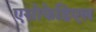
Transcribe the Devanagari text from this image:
एसोफेडिएल